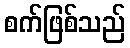
စက်ဖြစ်သည်